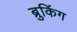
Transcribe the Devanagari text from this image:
ब्रुकिंग